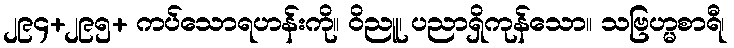
၂၉၄+၂၉၅+ ကပ်သောရဟန်းကို။ ဝိညူ၊ ပညာရှိကုန်သော။ သဗြဟ္မစာရီ၊